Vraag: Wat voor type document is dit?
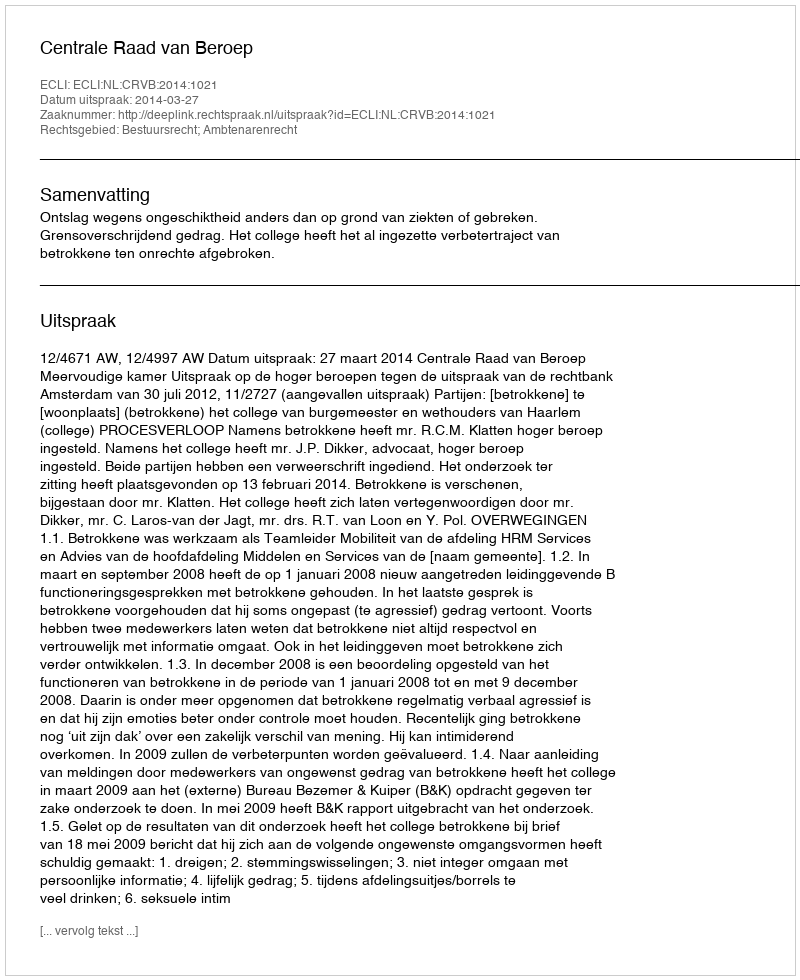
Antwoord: Uitspraak